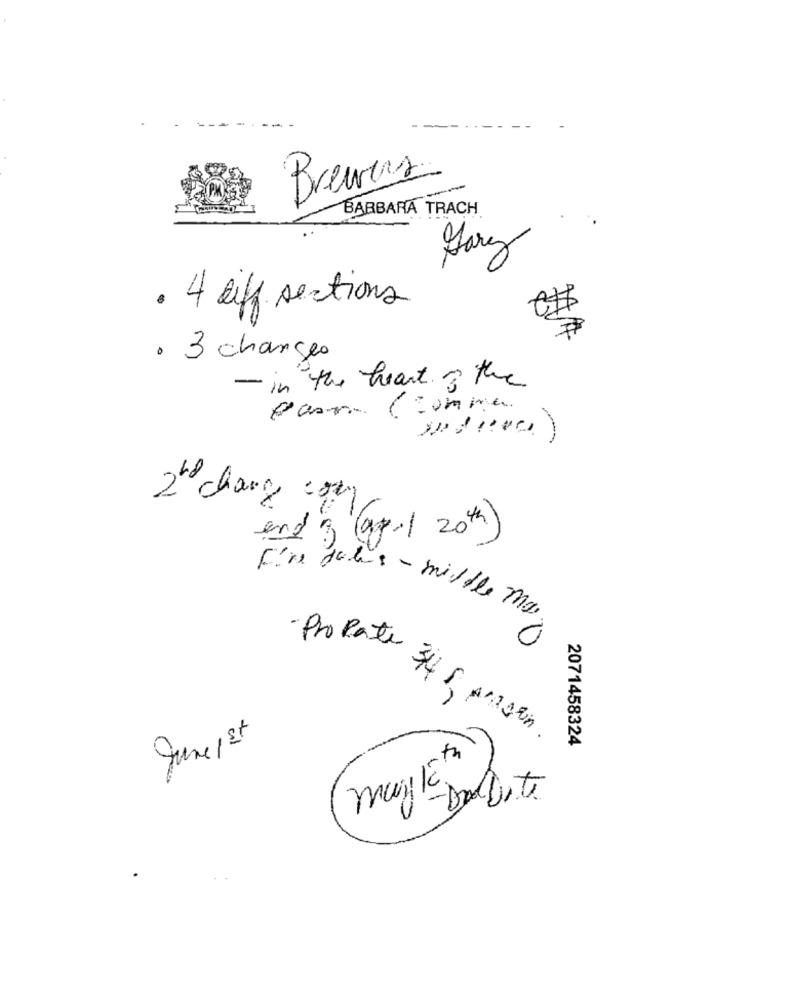
Brewers
BARBARA TRACH
Garez
. 4 af sections
. 3 charges
in the heart of the
Paso (comme
2º change com
and 3 (ap / 20th)
Fire files - middle ma
- Propate
June 1 st
3,4 5, Angin.
2071458324
musikata
-DadDite